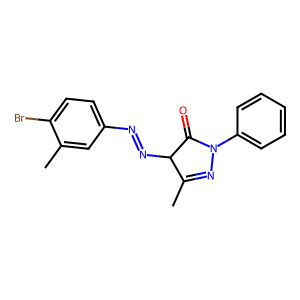
SMILES: CC1=NN(c2ccccc2)C(=O)C1N=Nc1ccc(Br)c(C)c1
Inhibits HIV replication: No